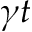
\gamma t